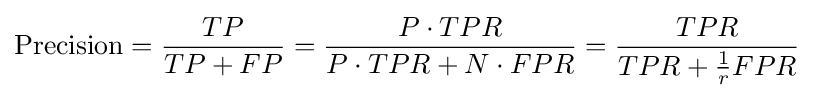
{\text{Precision}}={\frac {TP}{TP+FP}}={\frac {P\cdot TPR}{P\cdot TPR+N\cdot FPR}}={\frac {TPR}{TPR+{\frac {1}{r}}FPR}}